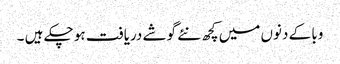
وبا کے دنوں میں کچھ نئے گوشے دریافت ہو چکے ہیں ۔